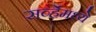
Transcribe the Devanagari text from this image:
सर्व्हेमध्ये